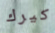
كيرك